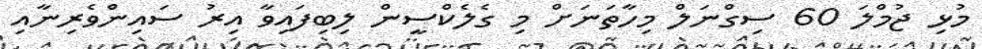
މުޅި ޖުމްލަ 60 ސިގްނަލް މިހާތަނަށް މި ގެލެކްސީން ލިބިފައިވާ އިރު ސައިންވެރިނާއި